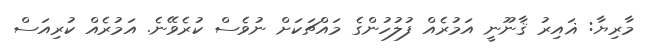
މާރިޔާ: ޣައިރު ޤާނޫނީ އަމުރެއް ފުލުހުންގެ މައްޗަކަށް ނުވެސް ކުރެވޭނެ. އަމުރެއް ކުރިއަސް